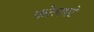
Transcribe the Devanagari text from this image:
फोलपटे